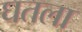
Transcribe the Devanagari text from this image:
घतला